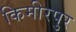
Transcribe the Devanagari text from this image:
किमीरपुर